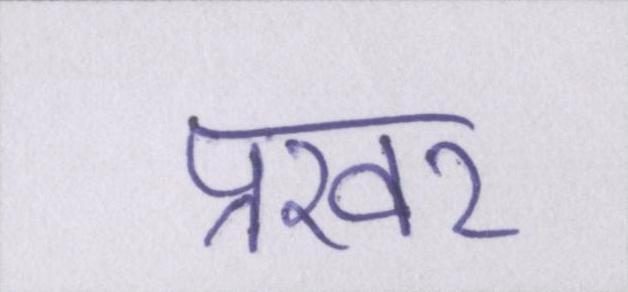
प्रखर